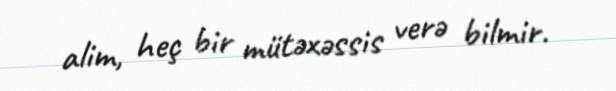
alim, heç bir mütəxəssis verə bilmir.